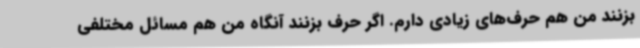
بزنند من هم حرف‌های زیادی دارم. اگر حرف بزنند آنگاه من هم مسائل مختلفی